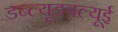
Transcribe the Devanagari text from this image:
डब्ल्यूडबल्यूई